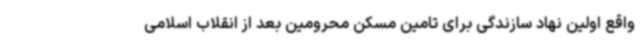
واقع اولین نهاد سازندگی برای تامین مسکن محرومین بعد از انقلاب اسلامی